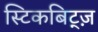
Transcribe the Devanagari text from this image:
स्टिकबिट्ज़